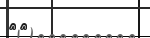
٥٨